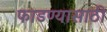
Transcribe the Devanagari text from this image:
फाडण्यासाठी